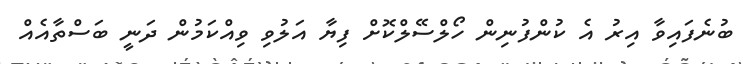
ބުނެފައިވާ އިރު އެ ކުންފުނިން ހޯލްސޭލްކޮށް ފިޔާ އަލުވި ވިއްކަމުން ދަނީ ބަސްތާއެއް